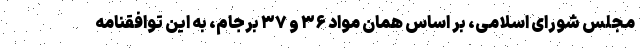
مجلس شورای اسلامی، بر اساس همان مواد ۳۶ و ۳۷ برجام، به این توافقنامه